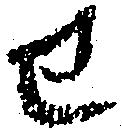
せ